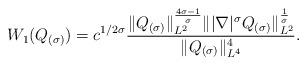
LaTeX: \begin{align*}W_1(Q_{(\sigma)})= c^{1/2\sigma}\frac{\|Q_{(\sigma)}\|_{L^2}^{\frac{4\sigma-1}{\sigma}}\||\nabla|^\sigma Q_{(\sigma)}\|_{L^2}^{\frac{1}{\sigma}}}{\|Q_{(\sigma)}\|_{L^4}^4}.\end{align*}